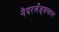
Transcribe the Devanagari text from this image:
नेदरलँड्सलाच